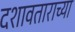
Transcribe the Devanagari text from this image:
दशावताराच्या